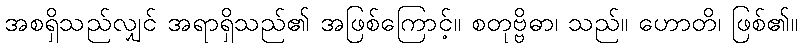
အစရှိသည်လျှင် အရာရှိသည်၏ အဖြစ်ကြောင့်။ စတုဗ္ဗိဓာ၊ သည်။ ဟောတိ၊ ဖြစ်၏။